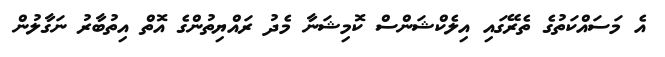
އެ މަސައްކަތުގެ ތެރޭގައި އިލެކްޝަންސް ކޮމިޝަނާ މެދު ރައްޔިތުންގެ އޮތް އިތުބާރު ނަގާލުން